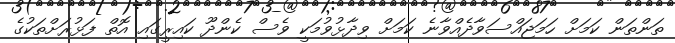
ތަންތަން ކަމަށް ހަމަޖައްސަވާދެއްވާނެ ކަމަށް ވިދާޅުވުމަކީ ވެސް ކެންދޫ ކައިރީގައި އޮތް ފަޅުރަށްތަކުގެ